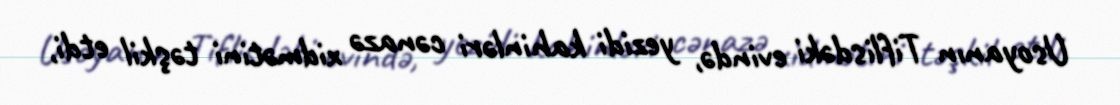
Usoyanın Tiflisdəki evində, yezidi kahinləri cənazə xidmətini təşkil etdi,